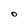
Character: O